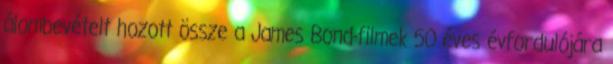
álombevételt hozott össze a James Bond-filmek 50 éves évfordulójára